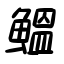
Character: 鰮